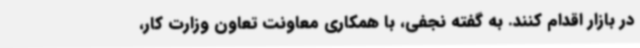
در بازار اقدام کنند. به گفته نجفی، با همکاری معاونت تعاون وزارت کار،